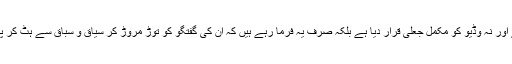
انہوں نے ملاقات کی تردید کی ہے اور نہ وڈیو کو مکمل جعلی قرار دیا ہے بلکہ صرف یہ فرما رہے ہیں کہ اُن کی گفتگو کو توڑ مروڑ کر سیاق و سباق سے ہٹ کر پیش کرنے کی کوشش کی گئی ہے۔